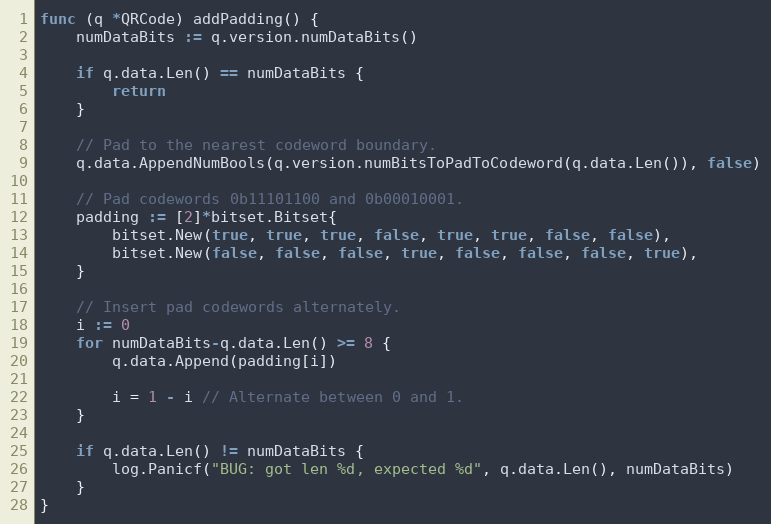
Language: Go
func (q *QRCode) addPadding() {
	numDataBits := q.version.numDataBits()

	if q.data.Len() == numDataBits {
		return
	}

	// Pad to the nearest codeword boundary.
	q.data.AppendNumBools(q.version.numBitsToPadToCodeword(q.data.Len()), false)

	// Pad codewords 0b11101100 and 0b00010001.
	padding := [2]*bitset.Bitset{
		bitset.New(true, true, true, false, true, true, false, false),
		bitset.New(false, false, false, true, false, false, false, true),
	}

	// Insert pad codewords alternately.
	i := 0
	for numDataBits-q.data.Len() >= 8 {
		q.data.Append(padding[i])

		i = 1 - i // Alternate between 0 and 1.
	}

	if q.data.Len() != numDataBits {
		log.Panicf("BUG: got len %d, expected %d", q.data.Len(), numDataBits)
	}
}